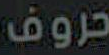
تروف